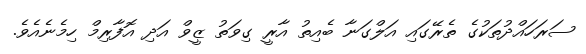
ސަރަހައްދުތަކުގެ ތެރޭގައި އަލްގަނާ ބެއިތު އާރީ ގިވަތު ޒީވް އަދި އޮފާރިމް ހިމެނެއެވެ.